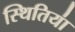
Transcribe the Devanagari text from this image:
स्थितिया॑